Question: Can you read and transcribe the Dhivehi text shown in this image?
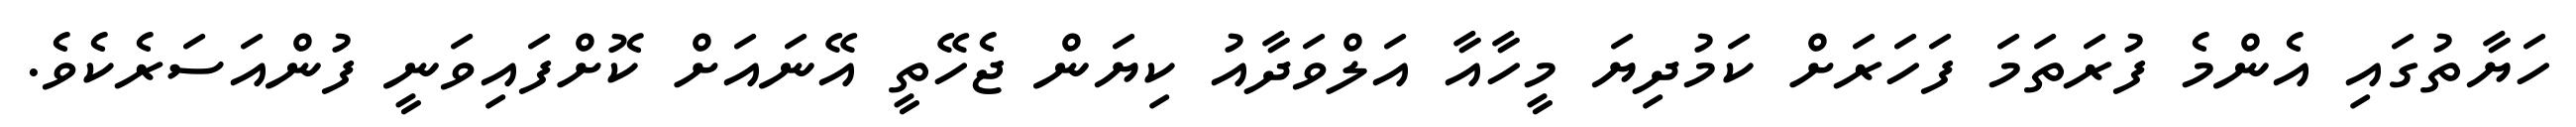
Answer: ހަޔާތުގައި އެންމެ ފުރަތަމަ ފަހަރަށް ކަމުދިޔަ މީހާއާ އަލްވަދާއު ކިޔަން ޖެހޭތީ އޭނައަށް ކޮށްފައިވަނީ ފުންއަސަރެކެވެ.